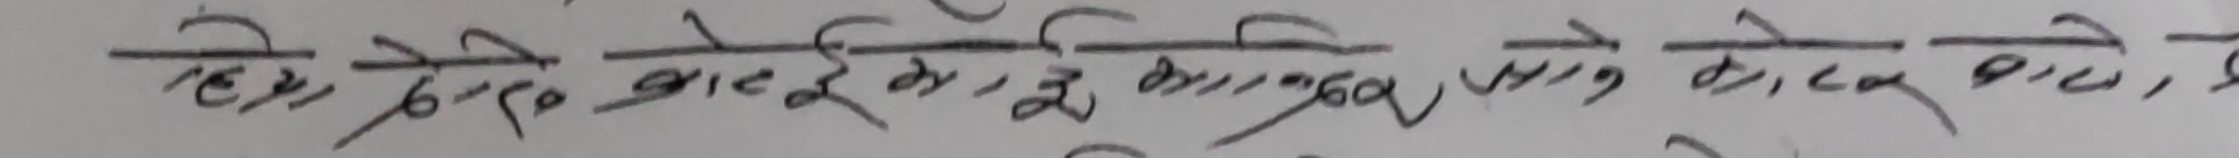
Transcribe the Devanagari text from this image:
तेसैले केहि काम, केहि अनुभव, केहि आएका